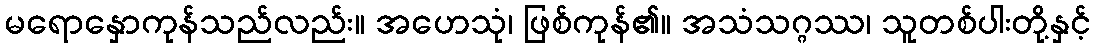
မရောနှောကုန်သည်လည်း။ အဟေသုံ၊ ဖြစ်ကုန်၏။ အသံသဂ္ဂဿ၊ သူတစ်ပါးတို့နှင့်